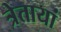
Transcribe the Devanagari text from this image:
त्रेतायां